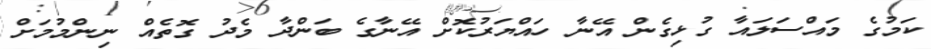
ކަމުގެ މައްސަލައާ ގުޅިގެން އޭނާ ހައްޔަރުކޮށް އޭނާގެ ބަންދާ މެދު ގޮތެއް ނިންމުމަށް